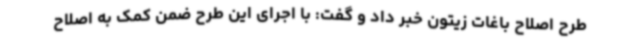
طرح اصلاح باغات زیتون خبر داد و گفت: با اجرای این طرح ضمن کمک به اصلاح